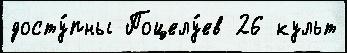
досту́пны Поцелу́ев 26 культ